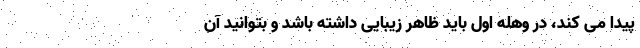
پیدا می کند، در وهله اول باید ظاهر زیبایی داشته باشد و بتوانید آن